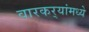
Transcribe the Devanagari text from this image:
वारकर्‍यांमध्ये